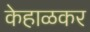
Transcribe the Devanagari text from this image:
केहाळकर